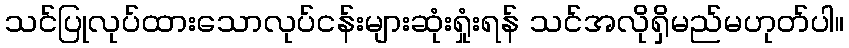
သင်ပြုလုပ်ထားသောလုပ်ငန်းများဆုံးရှုံးရန် သင်အလိုရှိမည်မဟုတ်ပါ။